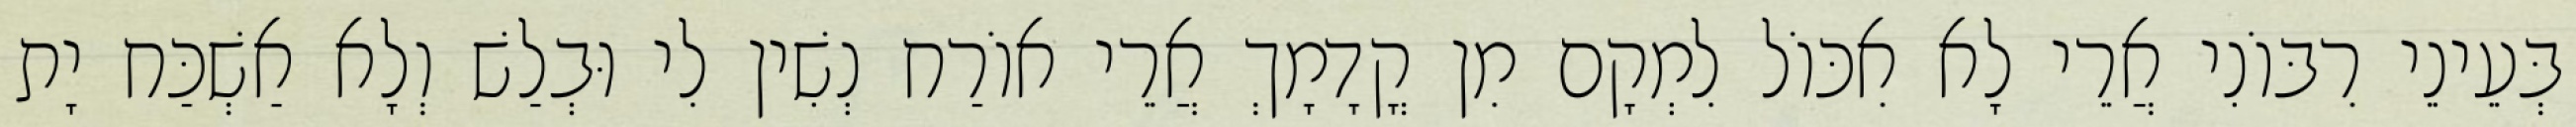
בְּעֵינֵי רִבּוֹנִי אֲרֵי לָא אִכּוֹל לִמְקָם מִן קֳדָמָךְ אֲרֵי אוֹרַח נְשִׁין לִי וּבְלַשׁ וְלָא אַשְׁכַּח יָת